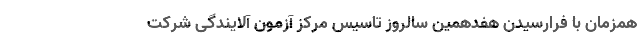
همزمان با فرارسیدن هفدهمین سالروز تاسیس مرکز آزمون آلایندگی شرکت